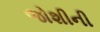
જોશીની